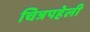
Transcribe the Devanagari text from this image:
चित्रपहेली